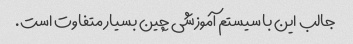
جالب این با سیستم آموزشی چین بسیار متفاوت است.